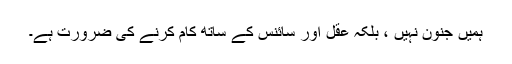
ہمیں جنون نہیں ، بلکہ عقل اور سائنس کے ساتھ کام کرنے کی ضرورت ہے۔